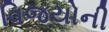
વિજયોની